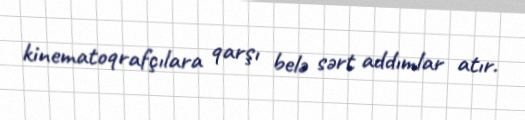
kinematoqrafçılara qarşı belə sərt addımlar atır.